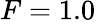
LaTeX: F=1.0